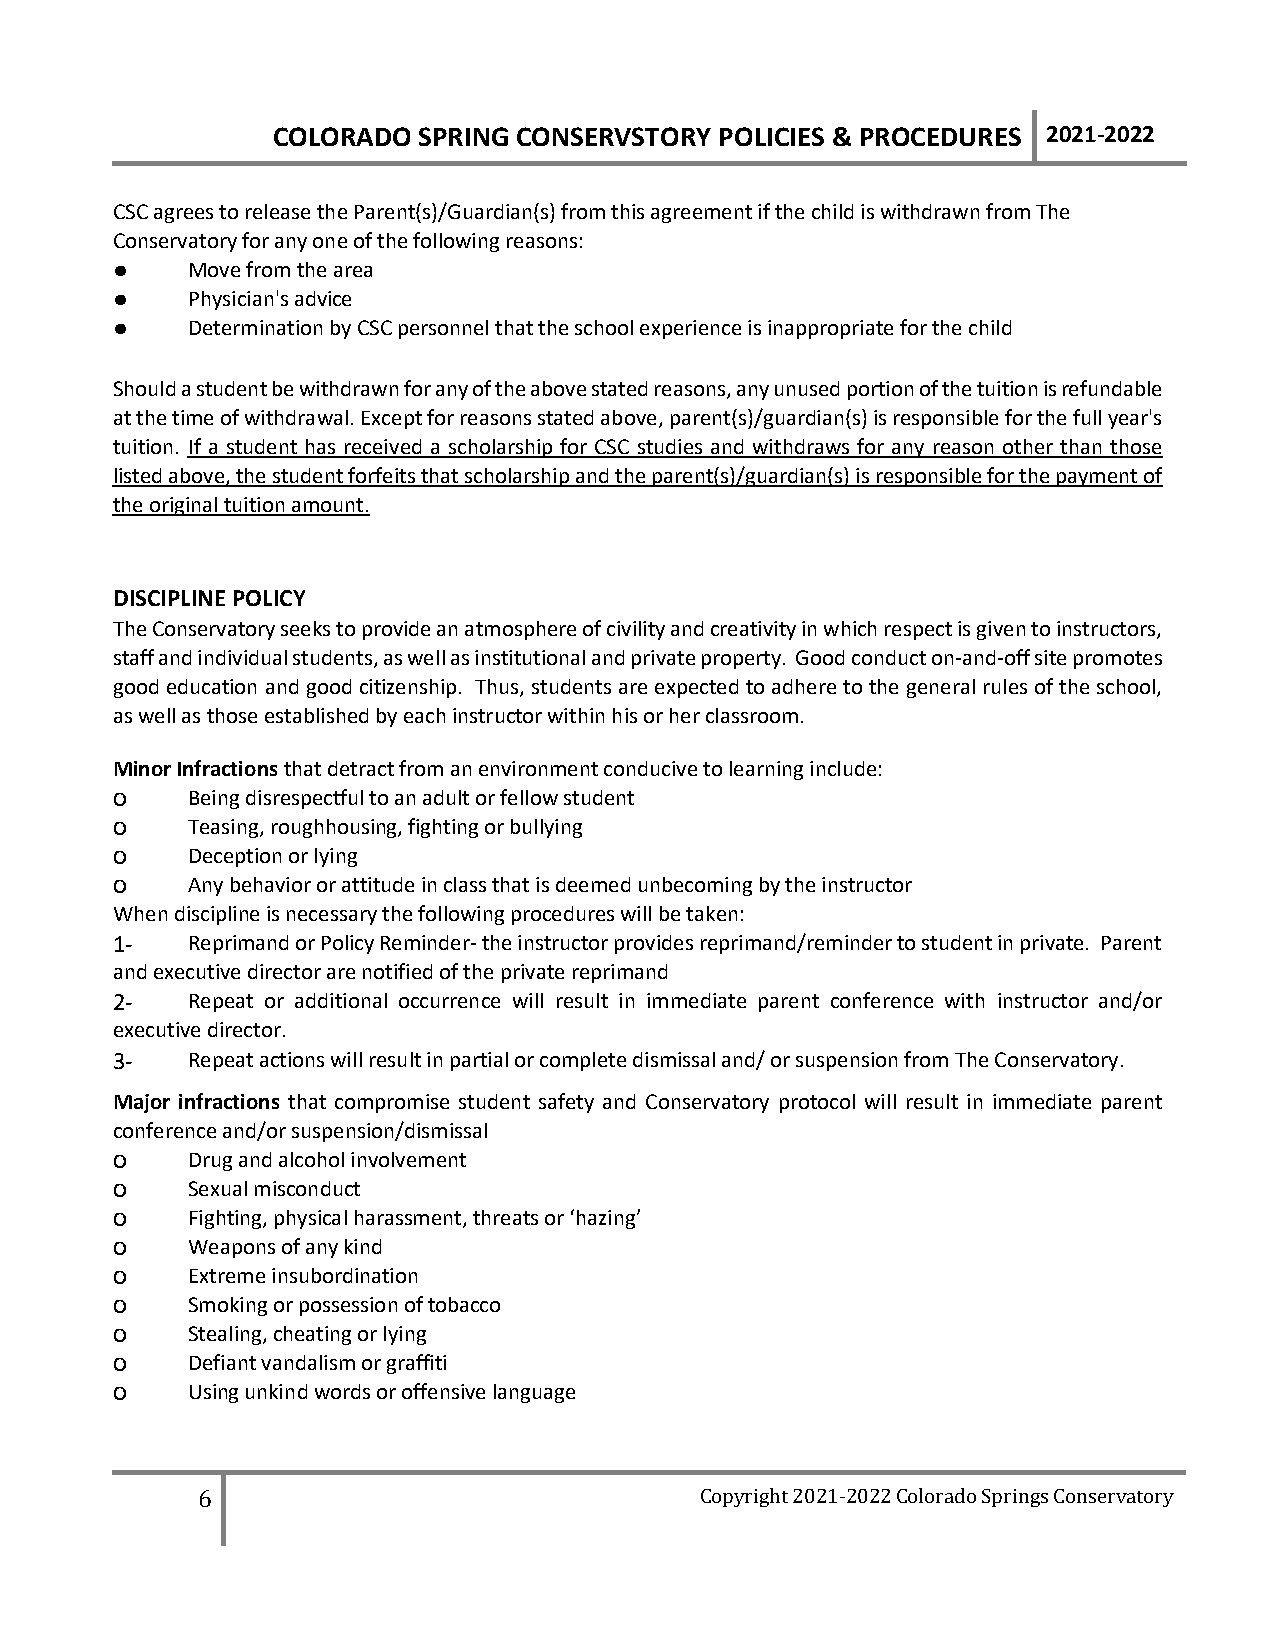
COLORADO  SPRING CONSERVSTORY POLICIES & PROCEDURES 2021-2022
 CSC agrees to release the Parent(s)/Guardian(s) from this agreement if the child is withdrawn from The
 Conservatory for any one of the following reasons:
 ●    Move from the area
 ●    Physician's advice
 ●    Determination by CSC personnel that the school experience is inappropriate for the child
 Should a student be withdrawn for any of the above stated reasons, any unused portion of the tuition is refundable
 at the time of withdrawal. Except for reasons stated above, parent(s)/guardian(s) is responsible for the full year's
 tuition. If a student has received a scholarship for CSC studies and withdraws for any reason other than those
 listed above, the student forfeits that scholarship and the parent(s)/guardian(s) is responsible for the payment of
 the original tuition amount.
 DISCIPLINE POLICY
 The Conservatory seeks to provide an atmosphere of civility and creativity in which respect is given to instructors,
 staff and individual students, as well as institutional and private property. Good conduct on-and-off site promotes
 good education and good citizenship. Thus, students are expected to adhere to the general rules of the school,
 as well as those established by each instructor within his or her classroom.
 Minor Infractions that detract from an environment conducive to learning include:
 o    Being disrespectful to an adult or fellow student
 o    Teasing, roughhousing, fighting or bullying
 o    Deception or lying
 o    Any behavior or attitude in class that is deemed unbecoming by the instructor
 When discipline is necessary the following procedures will be taken:
 1-   Reprimand or Policy Reminder- the instructor provides reprimand/reminder to student in private. Parent
 and executive director are notified of the private reprimand
 2-   Repeat or additional occurrence will result in immediate parent conference with instructor and/or
 executive director.
 3-   Repeat actions will result in partial or complete dismissal and/ or suspension from The Conservatory.
 Major infractions that compromise student safety and Conservatory protocol will result in immediate parent
 conference and/or suspension/dismissal
 o    Drug and alcohol involvement
 o    Sexual misconduct
 o    Fighting, physical harassment, threats or ‘hazing’
 o    Weapons of any kind
 o    Extreme insubordination
 o    Smoking or possession of tobacco
 o    Stealing, cheating or lying
 o    Defiant vandalism or graffiti
 o    Using unkind words or offensive language
 6                                Copyright 2021-2022 Colorado Springs Conservatory